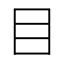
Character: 目